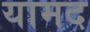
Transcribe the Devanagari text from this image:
यामद